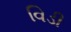
વિડી